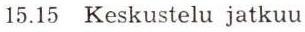
15.15 Keskustelu jatkuu